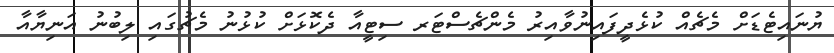
ޔުނައިޓެޑަށް މެޗެއް ކުޅެދީފައިނުވާއިރު މެންޗެސްޓަރ ސިޓީއާ ދެކޮޅަށް ކުޅުނު މެޗުގައި ލިބުނު އަނިޔާއާ